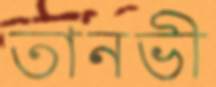
তানভী